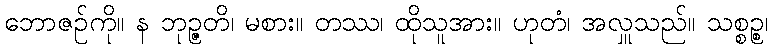
ဘောဇဉ်ကို။ န ဘုဉ္ဇတိ၊ မစား။ တဿ၊ ထိုသူအား။ ဟုတံ၊ အလှူသည်။ သစ္စဉ္စ၊